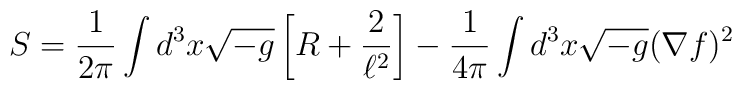
S=\frac{1}{2\pi} \int d^3x \sqrt{-g} \left[ R + \frac{2}{\ell^2}  \right] - \frac{1}{4\pi} \int d^3x \sqrt{-g} (\nabla f)^2